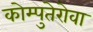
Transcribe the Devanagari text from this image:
कोम्पुतेरोवा